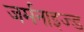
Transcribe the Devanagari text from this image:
जर्मनाइज्ड